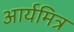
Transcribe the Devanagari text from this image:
आर्यमित्र